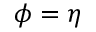
\phi = \eta